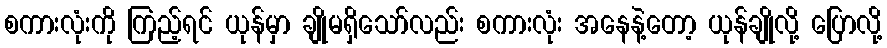
စကားလုံးကို ကြည့်ရင် ယုန်မှာ ချိုမရှိသော်လည်း စကားလုံး အနေနဲ့တော့ ယုန်ချိုလို့ ပြောလို့